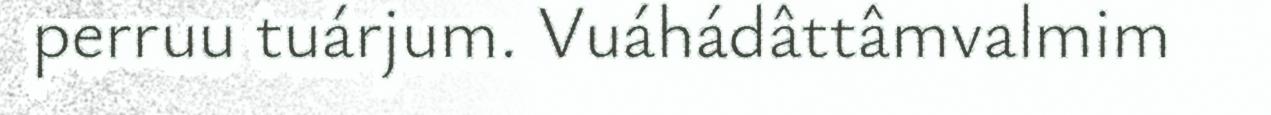
perruu tuárjum. Vuáhádâttâmvalmim